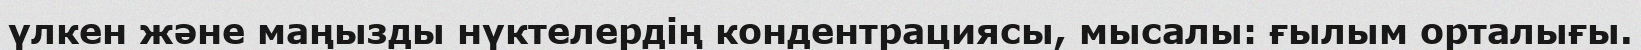
үлкен және маңызды нүктелердің кондентрациясы, мысалы: ғылым орталығы.